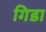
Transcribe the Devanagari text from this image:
गिडा